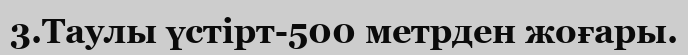
3.Таулы үстірт-500 метрден жоғары.